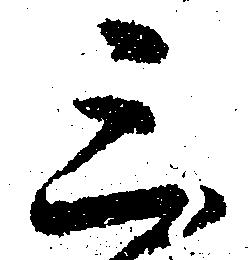
三